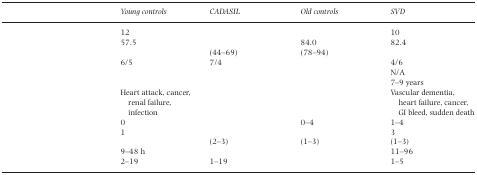
<table><thead><tr><td>[EMPTY_CELL]</td><td><b>Young controls</b></td><td><b>CADASIL</b></td><td><b>Old controls</b></td><td><b>SVD</b></td></tr></thead><tbody><tr><td>[EMPTY_CELL]</td><td>12</td><td>[EMPTY_CELL]</td><td>[EMPTY_CELL]</td><td>10</td></tr><tr><td rowspan="2">[EMPTY_CELL]</td><td>57.5</td><td>[EMPTY_CELL]</td><td>84.0</td><td>82.4</td></tr><tr><td>[EMPTY_CELL]</td><td>(44–69)</td><td>(78–94)</td><td>[EMPTY_CELL]</td></tr><tr><td>[EMPTY_CELL]</td><td>6/5</td><td>7/4</td><td>[EMPTY_CELL]</td><td>4/6</td></tr><tr><td>[EMPTY_CELL]</td><td>[EMPTY_CELL]</td><td>[EMPTY_CELL]</td><td>[EMPTY_CELL]</td><td>N/A</td></tr><tr><td>[EMPTY_CELL]</td><td>[EMPTY_CELL]</td><td>[EMPTY_CELL]</td><td>[EMPTY_CELL]</td><td>7–9 years</td></tr><tr><td>[EMPTY_CELL]</td><td>Heart attack, cancer, renal failure, infection</td><td>[EMPTY_CELL]</td><td>[EMPTY_CELL]</td><td>Vascular dementia, heart failure, cancer, GI bleed, sudden death</td></tr><tr><td>[EMPTY_CELL]</td><td>0</td><td>[EMPTY_CELL]</td><td>0–4</td><td>1–4</td></tr><tr><td rowspan="2">[EMPTY_CELL]</td><td>1</td><td>[EMPTY_CELL]</td><td>[EMPTY_CELL]</td><td>3</td></tr><tr><td>[EMPTY_CELL]</td><td>(2–3)</td><td>(1–3)</td><td>(1–3)</td></tr><tr><td>[EMPTY_CELL]</td><td>9–48 h</td><td>[EMPTY_CELL]</td><td>[EMPTY_CELL]</td><td>11–96</td></tr><tr><td>[EMPTY_CELL]</td><td>2–19</td><td>1–19</td><td>[EMPTY_CELL]</td><td>1–5</td></tr></tbody></table>